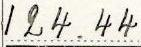
124.44